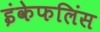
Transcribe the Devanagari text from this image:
इंकेफलिंस